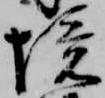
境